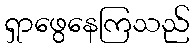
ရှာဖွေနေကြသည်